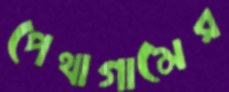
পেথাগামের